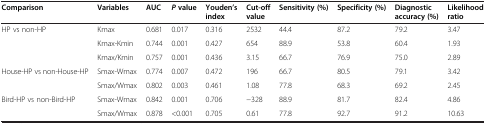
<table><thead><tr><td><b>Comparison</b></td><td><b>Variables</b></td><td><b>AUC</b></td><td><b><i>P </i>value</b></td><td><b>Youden’s index</b></td><td><b>Cut-off value</b></td><td><b>Sensitivity (%)</b></td><td><b>Specificity (%)</b></td><td><b>Diagnostic accuracy (%)</b></td><td><b>Likelihood ratio</b></td></tr></thead><tbody><tr><td rowspan="3">HP vs non-HP</td><td>Kmax</td><td>0.681</td><td>0.017</td><td>0.316</td><td>2532</td><td>44.4</td><td>87.2</td><td>79.2</td><td>3.47</td></tr><tr><td>Kmax-Kmin</td><td>0.744</td><td>0.001</td><td>0.427</td><td>654</td><td>88.9</td><td>53.8</td><td>60.4</td><td>1.93</td></tr><tr><td>Kmax/Kmin</td><td>0.757</td><td>0.001</td><td>0.436</td><td>3.15</td><td>66.7</td><td>76.9</td><td>75.0</td><td>2.89</td></tr><tr><td rowspan="2">House-HP vs non-House-HP</td><td>Smax-Wmax</td><td>0.774</td><td>0.007</td><td>0.472</td><td>196</td><td>66.7</td><td>80.5</td><td>79.1</td><td>3.42</td></tr><tr><td>Smax/Wmax</td><td>0.802</td><td>0.003</td><td>0.461</td><td>1.08</td><td>77.8</td><td>68.3</td><td>69.2</td><td>2.45</td></tr><tr><td rowspan="2">Bird-HP vs non-Bird-HP</td><td>Smax-Wmax</td><td>0.842</td><td>0.001</td><td>0.706</td><td>-328</td><td>88.9</td><td>81.7</td><td>82.4</td><td>4.86</td></tr><tr><td>Smax/Wmax</td><td>0.878</td><td>&lt;0.001</td><td>0.705</td><td>0.61</td><td>77.8</td><td>92.7</td><td>91.2</td><td>10.63</td></tr></tbody></table>